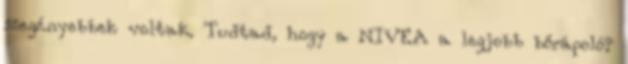
szegényebbek voltak. Tudtad, hogy a NIVEA a legjobb bőrápoló?